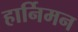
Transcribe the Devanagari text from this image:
हार्निमन